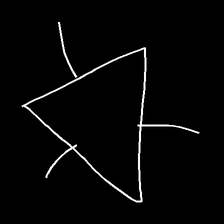
Glyph: fire